Newspaper: The Ashland union. [volume]
Place of publication: Ashland, Ashland County, Ohio
Publisher: Jno. Sheridan
Date: 1860-12-12 00:00:00
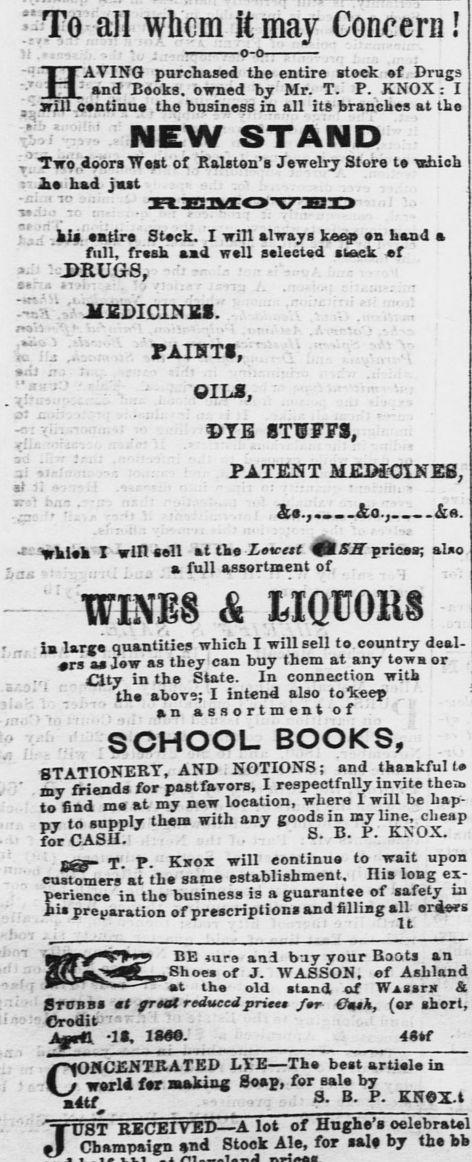
Advertisement text (OCR):
JVC nil whrm if mjiv V.cwxoptw ! m JL V UJ1 f UVU1 W 111UT Vlll . T I fl I J T l J HI ' T T.' -KTW T will CAntinnea Ihn hnainASR in 11 its branclies at tlaa - A h&d jut kli satire Steck. I will always keep en band a full, fresh sad well selected suck f ; JRUGS, JCEDICINSS. 'rj PAINT.,; ' OILS, ' V ; DTE STUFFS, -:. ' PATENT MEDiCINEB, io., &a. waiea X win sell attkeZerf efl 55" prices; also . a full assortment or TTINE8 & MQU01t Urge quantities which I will sell to country deal rs as Jew as they can buy them at any tewa or Oty in the State. In connection with " ' the abovs; I intend also tokep an assortment of SCHOOL BOOKS, STATIONERY, AND NOTIONS; and thankful t bit friends for pastfavors, I respectfully invite then. a-a .t mv new location, where I will be hap py to supply them with any goods in my line, cheap for CASH. T - Kwnx will continue to wait upon customers' at the same establishment. Ilis long ex- iri.n.. ;n ti,. Kninss is a euarantee of safety in ii preparation of prescriptions and filling all eri BE wra and bar vour Baots an .Shoes of J. WASSON. ef Ashland t the old stand of Viiirn Sl Stobbs mt frat reduced priest fr- Omsk, (er short, Orodit rOKCNTKATED LYE The best article ia . warla fr BkkiM Soap, for sale by Aif S. B. P. KNOX-t "XUST EECE1VJSD A lot of Hughe's oelebratel I Champaign nd Stock Ale, for aal by the fch
Label: text-only